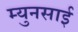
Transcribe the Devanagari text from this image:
म्युनसाई